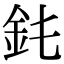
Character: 䤜